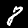
Label: 8